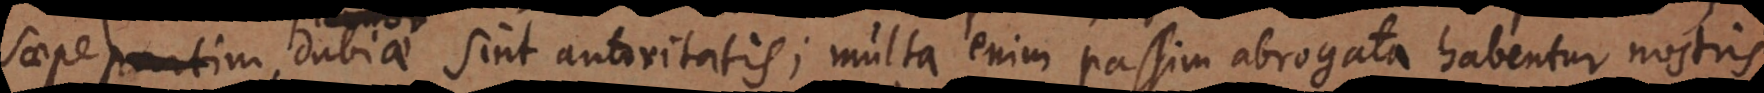
saepe dubiae sint autoritatis; multa enim passim abrogata habentur nostris